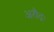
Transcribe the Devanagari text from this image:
अरौद्रः